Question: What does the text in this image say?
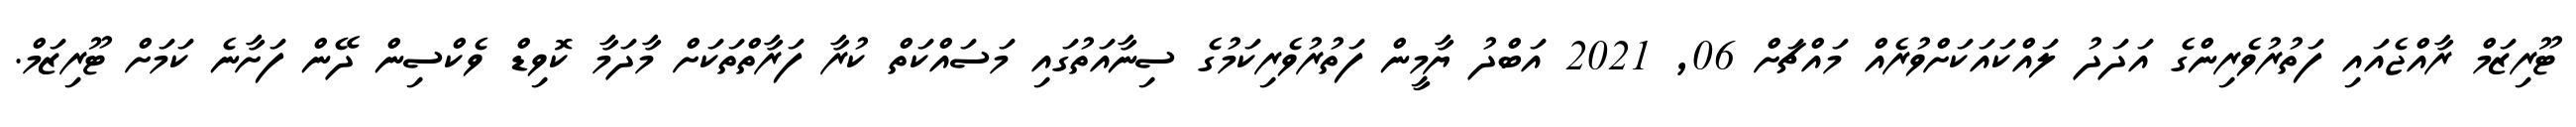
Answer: ޓޫރިޒަމް ރާއްޖެއައި ފަތުރުވެރިންގެ އަދަދު ލައްކައަކަށްވުރެއް މައްޗަށް 06, 2021 އަބްދު ޔާމީން ފަތުރުވެރިކަމުގެ ސިނާއަތުގައި މަސައްކަތް ކުރާ ފަރާތްތަކަށް މާދަމާ ކޮވިޑް ވެކްސިން ދޭން ފަށާނެ ކަމަށް ޓޫރިޒަމް.